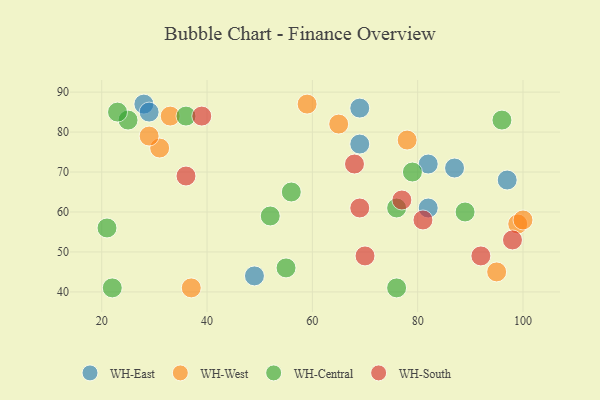
{"axis": {"x": "GDP", "y": "Life Expectancy"}, "legend": ["WH-Central", "WH-East", "WH-South", "WH-West"], "data": [{"x": "87", "y": 71, "type": "WH-East"}, {"x": "28", "y": 87, "type": "WH-East"}, {"x": "69", "y": 77, "type": "WH-East"}, {"x": "29", "y": 85, "type": "WH-East"}, {"x": "69", "y": 86, "type": "WH-East"}, {"x": "82", "y": 61, "type": "WH-East"}, {"x": "82", "y": 72, "type": "WH-East"}, {"x": "97", "y": 68, "type": "WH-East"}, {"x": "49", "y": 44, "type": "WH-East"}, {"x": "59", "y": 87, "type": "WH-West"}, {"x": "65", "y": 82, "type": "WH-West"}, {"x": "95", "y": 45, "type": "WH-West"}, {"x": "31", "y": 76, "type": "WH-West"}, {"x": "78", "y": 78, "type": "WH-West"}, {"x": "37", "y": 41, "type": "WH-West"}, {"x": "29", "y": 79, "type": "WH-West"}, {"x": "33", "y": 84, "type": "WH-West"}, {"x": "99", "y": 57, "type": "WH-West"}, {"x": "100", "y": 58, "type": "WH-West"}, {"x": "76", "y": 41, "type": "WH-Central"}, {"x": "36", "y": 84, "type": "WH-Central"}, {"x": "55", "y": 46, "type": "WH-Central"}, {"x": "79", "y": 70, "type": "WH-Central"}, {"x": "96", "y": 83, "type": "WH-Central"}, {"x": "25", "y": 83, "type": "WH-Central"}, {"x": "76", "y": 61, "type": "WH-Central"}, {"x": "21", "y": 56, "type": "WH-Central"}, {"x": "56", "y": 65, "type": "WH-Central"}, {"x": "89", "y": 60, "type": "WH-Central"}, {"x": "23", "y": 85, "type": "WH-Central"}, {"x": "22", "y": 41, "type": "WH-Central"}, {"x": "52", "y": 59, "type": "WH-Central"}, {"x": "68", "y": 72, "type": "WH-South"}, {"x": "69", "y": 61, "type": "WH-South"}, {"x": "39", "y": 84, "type": "WH-South"}, {"x": "92", "y": 49, "type": "WH-South"}, {"x": "81", "y": 58, "type": "WH-South"}, {"x": "98", "y": 53, "type": "WH-South"}, {"x": "77", "y": 63, "type": "WH-South"}, {"x": "70", "y": 49, "type": "WH-South"}, {"x": "36", "y": 69, "type": "WH-South"}]}